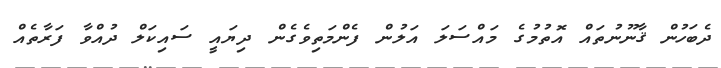
ދެބަހުން ޤާނޫނުތައް އޮތުމުގެ މައްސަލަ އަލުން ފެންމަތިވެގެން ދިޔައީ ސައިކަލް ދުއްވާ ފަރާތެއް